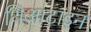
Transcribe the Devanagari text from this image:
थिआटाइन